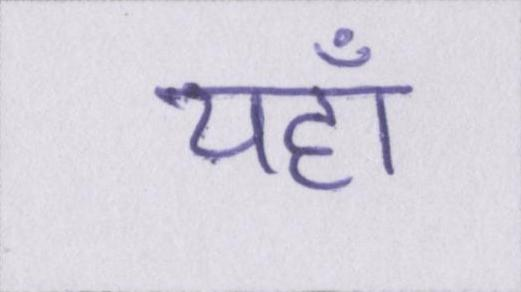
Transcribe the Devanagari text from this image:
यहाँ